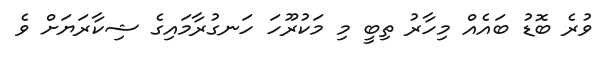
ވުރެ ބޮޑު ބައެއް މިހާރު ތިބީ މި މަކުރޫހަ ހަނގުރާމައިގެ ޝިކާރަޔަށް ވެ